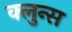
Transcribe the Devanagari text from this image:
क्लुन्स